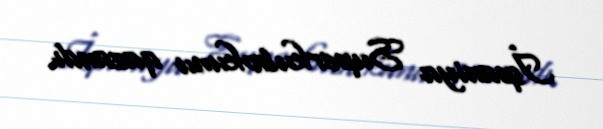
İspaniya Superkubokunu qazandı.